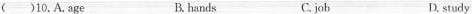
( )10.A.age B. hands C. job D study